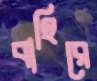
বাহিরে